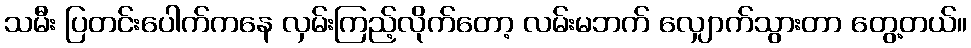
သမီး ပြတင်းပေါက်ကနေ လှမ်းကြည့်လိုက်တော့ လမ်းမဘက် လျှောက်သွားတာ တွေ့တယ်။